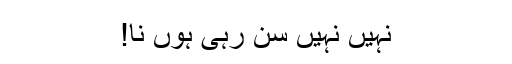
نہیں نہیں سن رہی ہوں نا!